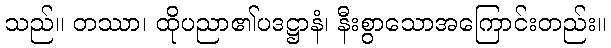
သည်။ တဿာ၊ ထိုပညာ၏ပဒဋ္ဌာနံ၊ နီးစွာသောအကြောင်းတည်း။